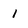
Character: 1